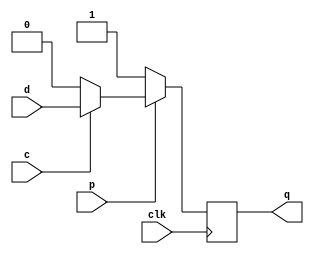
module D_latch(clk, d, p, c, q);

// Assigning ports as input/output
input clk, d, p, c;
output reg q;

// Initializing the output
initial
	q <= 1'b0;

// D-Latch action
always @(posedge clk)
begin
	if (~p)
		q <= 1'b1;
	else if (~c)
		q <= 1'b0;
	else
		q <= d;
end

endmodule